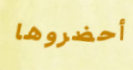
أحضروها